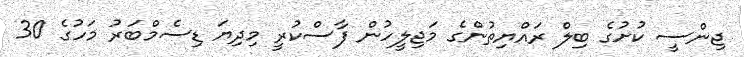
ޖިންސީ ކުށުގެ ބިލް ރައްޔިތުންގެ މަޖިލީހުން ފާސްކުރީ މިދިޔަ ޑިސެމްބަރު މަހުގެ 30